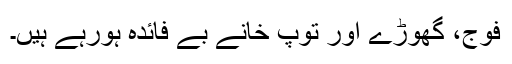
فوج، گھوڑے اور توپ خانے بے فائدہ ہورہے ہیں۔